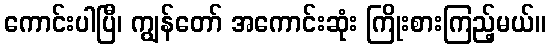
ကောင်းပါပြီ၊ ကျွန်တော် အကောင်းဆုံး ကြိုးစားကြည့်မယ်။